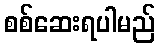
စစ်ဆေးရပါမည်